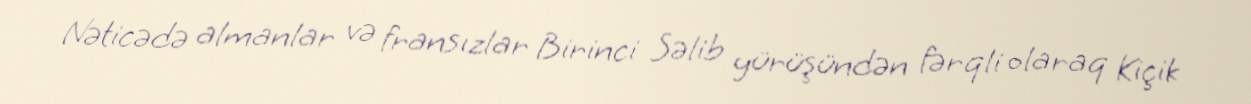
Nəticədə almanlar və fransızlar Birinci Səlib yürüşündən fərqli olaraq Kiçik